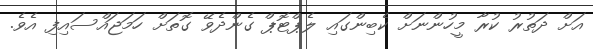
އަށް ދަތުރު ކުރާ މީހުންނަށް ކެބިންގައި ލެޕްޓޮޕް ގެންދެވޭ ގޮތަށް ހަމަޖައްސައިފި އެވެ.